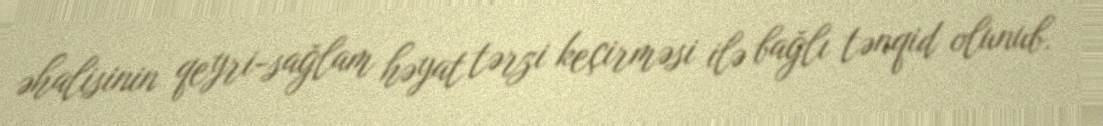
əhalisinin qeyri-sağlam həyat tərzi keçirməsi ilə bağlı tənqid olunub.